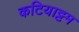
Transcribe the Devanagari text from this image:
कटियाट्टम